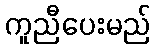
ကူညီပေးမည်